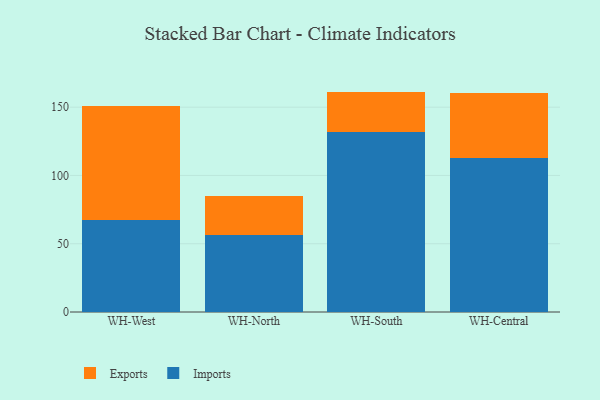
{"axis": {"x": "Warehouse", "y": "Inventory Turnover"}, "legend": ["Exports", "Imports"], "data": [{"x": "WH-West", "y": 67.6, "type": "Imports"}, {"x": "WH-West", "y": 83.0, "type": "Exports"}, {"x": "WH-North", "y": 56.7, "type": "Imports"}, {"x": "WH-North", "y": 28.0, "type": "Exports"}, {"x": "WH-South", "y": 132.1, "type": "Imports"}, {"x": "WH-South", "y": 29.3, "type": "Exports"}, {"x": "WH-Central", "y": 113.1, "type": "Imports"}, {"x": "WH-Central", "y": 47.5, "type": "Exports"}]}